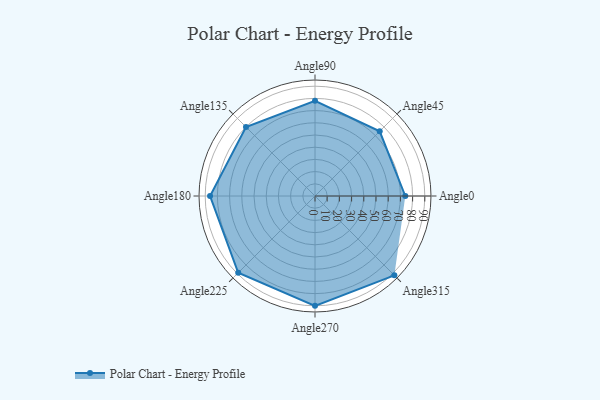
{"axis": {"x": "Angle", "y": "Radius"}, "legend": [""], "data": [{"x": "Angle0", "y": 74.0, "type": ""}, {"x": "Angle45", "y": 75.0, "type": ""}, {"x": "Angle90", "y": 78.0, "type": ""}, {"x": "Angle135", "y": 80.0, "type": ""}, {"x": "Angle180", "y": 86.0, "type": ""}, {"x": "Angle225", "y": 89.0, "type": ""}, {"x": "Angle270", "y": 90.0, "type": ""}, {"x": "Angle315", "y": 92.0, "type": ""}]}